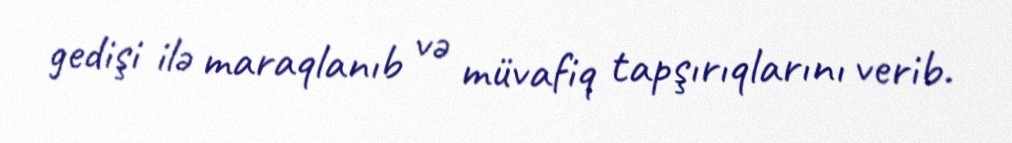
gedişi ilə maraqlanıb və müvafiq tapşırıqlarını verib.